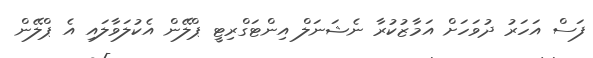
ފަސް އަހަރު ދުވަހަށް އަމާޒުކުރާ ނެޝަނަލް އިންޓަގްރިޓީ ޕްލޭން އެކުލަވާލައި އެ ޕްލޭން